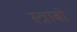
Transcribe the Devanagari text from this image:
स्त्राबो